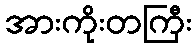
အားကိုးတကြီး